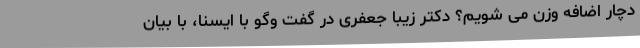
دچار اضافه وزن می شویم؟ دکتر زیبا جعفری در گفت وگو با ایسنا، با بیان